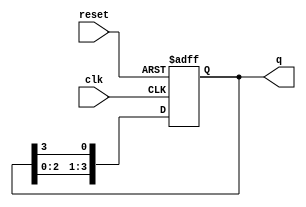
module bistable_ring_counter (
    input wire clk,       // Clock input
    input wire reset,     // Asynchronous reset input
    output reg [3:0] q    // 4-bit output
);

    // Initial state
    initial begin
        q = 4'b0001; // Start with the first flip-flop set
    end

    // Always block triggered on the rising edge of the clock or reset
    always @(posedge clk or posedge reset) begin
        if (reset) begin
            q <= 4'b0001; // Reset to initial state
        end else begin
            // Shift the '1' to the left, wrapping around
            q <= {q[2:0], q[3]}; // Rotate the bits
        end
    end

endmodule